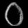
Digit: ၀